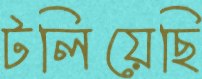
টলিয়েছি